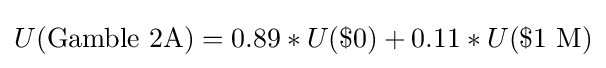
U({\text{Gamble 2A}})=0.89*U(\${\text{0}})+0.11*U(\${\text{1 M}})